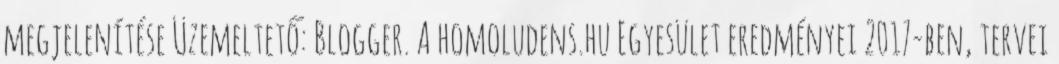
megjelenítése Üzemeltető: Blogger. A homoludens.hu Egyesület eredményei 2017-ben, tervei